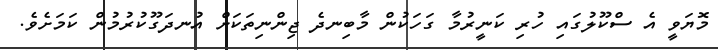
މޮޔަވީ އެ ސްކޫލުގައި ހުރި ކަނީރުމާ ގަހަކުން މާބިނދެ ޖިންނިތަކަށް އުނދަގޫކުރުމުން ކަމަށެވެ.